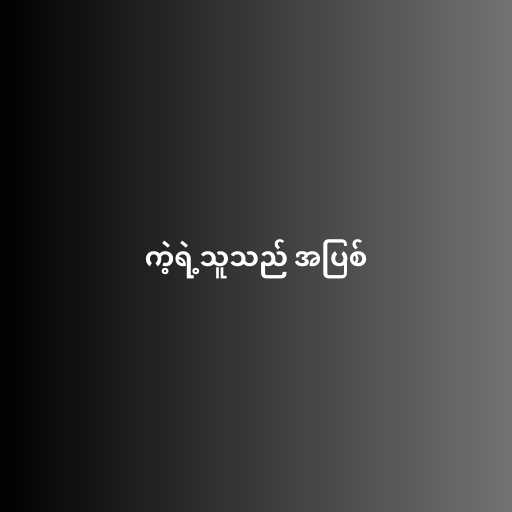
ကဲ့ရဲ့သူသည် အပြစ်